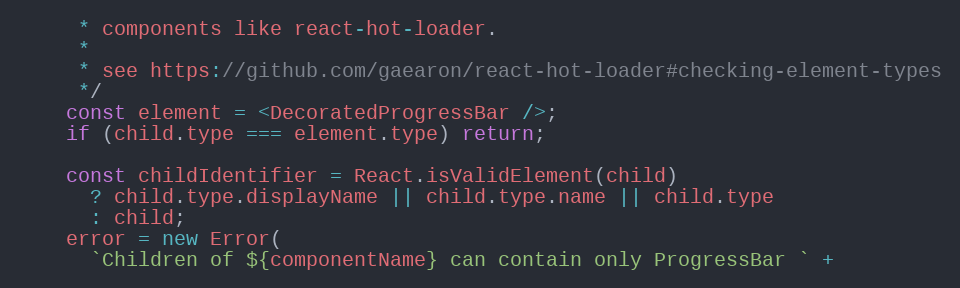
Language: JavaScript
     * components like react-hot-loader.
     *
     * see https://github.com/gaearon/react-hot-loader#checking-element-types
     */
    const element = <DecoratedProgressBar />;
    if (child.type === element.type) return;

    const childIdentifier = React.isValidElement(child)
      ? child.type.displayName || child.type.name || child.type
      : child;
    error = new Error(
      `Children of ${componentName} can contain only ProgressBar ` +